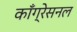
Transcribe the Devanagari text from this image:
काँग्रेसनल